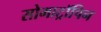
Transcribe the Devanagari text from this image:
सोमाट्रॉपिन